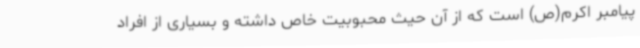
پیامبر اکرم(ص) است که از آن حیث محبوبیت خاص داشته و بسیاری از افراد